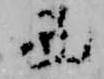
西